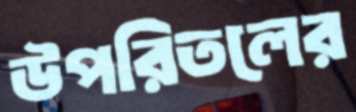
উপরিতলের